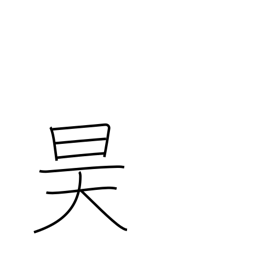
Meaning: sky